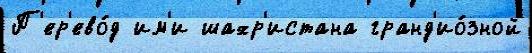
П'ер'ево́д им'и шахр'истана гранд'ио́зной